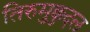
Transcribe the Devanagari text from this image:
तिरुमुक्कुदल